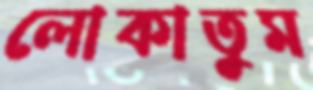
লোকাতুম